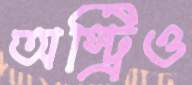
অস্ট্রিও